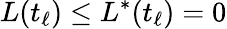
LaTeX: L(t_{\ell})\leq L^{*}(t_{\ell})=0